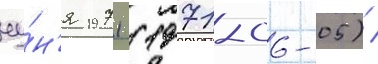
иу́н'я 1971 (1971-06-05) /